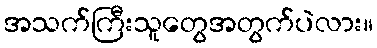
အသက်ကြီးသူတွေအတွက်ပဲလား။